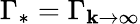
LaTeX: \Gamma_{*}=\Gamma_{\mathbf{k}\rightarrow\infty}